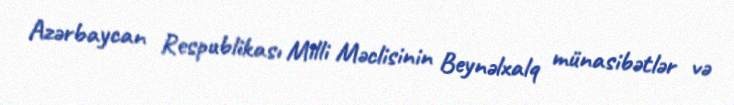
Azərbaycan Respublikası Milli Məclisinin Beynəlxalq münasibətlər və